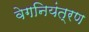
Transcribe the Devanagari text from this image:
वेगनियंत्रण